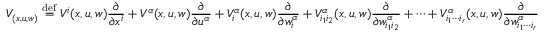
V _ { ( x , u , w ) } \mathrel { \stackrel { \mathrm { d e f } } { = } } V ^ { i } ( x , u , w ) { \frac { \partial } { \partial x ^ { i } } } + V ^ { \alpha } ( x , u , w ) { \frac { \partial } { \partial u ^ { \alpha } } } + V _ { i } ^ { \alpha } ( x , u , w ) { \frac { \partial } { \partial w _ { i } ^ { \alpha } } } + V _ { i _ { 1 } i _ { 2 } } ^ { \alpha } ( x , u , w ) { \frac { \partial } { \partial w _ { i _ { 1 } i _ { 2 } } ^ { \alpha } } } + \cdots + V _ { i _ { 1 } \cdots i _ { r } } ^ { \alpha } ( x , u , w ) { \frac { \partial } { \partial w _ { i _ { 1 } \cdots i _ { r } } ^ { \alpha } } }